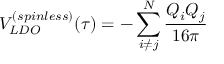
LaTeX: V _ { L D O } ^ { ( s p i n l e s s ) } ( \tau ) = - \sum _ { i \neq j } ^ { N } { \frac { Q _ { i } Q _ { j } } { 1 6 \pi } }